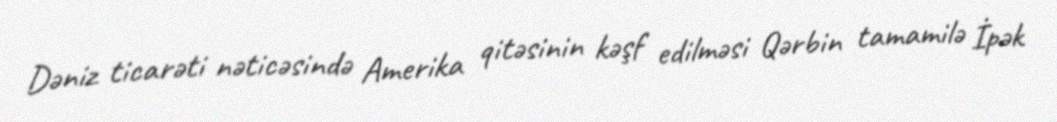
Dəniz ticarəti nəticəsində Amerika qitəsinin kəşf edilməsi Qərbin tamamilə İpək